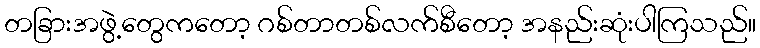
တခြားအဖွဲ့တွေကတော့ ဂစ်တာတစ်လက်စီတော့ အနည်းဆုံးပါကြသည်။